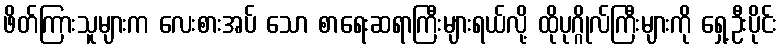
ဖိတ်ကြားသူများက လေးစားအပ် သော စာရေးဆရာကြီးများရယ်လို့ ထိုပုဂ္ဂိုလ်ကြီးများကို ရှေ့ဦးပိုင်း